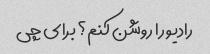
رادیو را روشن کنم؟ برای چی